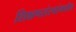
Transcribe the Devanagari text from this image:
शिक्षणसंस्थांमधील